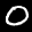
Label: 0